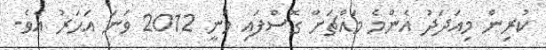
ކުރިން މިއަދަދު އެންމެ މައްޗަށް ގޮސްފައި ވަނީ 2012 ވަނަ އަހަރު އެވެ.